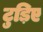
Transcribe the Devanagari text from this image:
टुड़िए